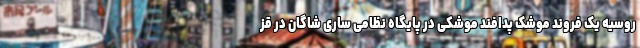
روسیه یک فروند موشک پدافند موشکی در پایگاه نظامی ساری شاگان در قز